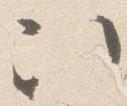
次